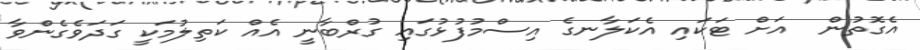
އެގޮތުން  އަށް ޓަކައި އެކަލާނގެ އިސްމުފުޅުގައި ގުރްބާނީ އެއް ކަތިލުމަކީ ގަދަވެގެންވާ